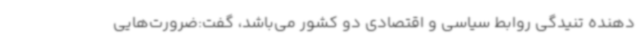
دهنده تنیدگی روابط سیاسی و اقتصادی دو کشور می‌باشد، گفت:ضرورت‌هایی